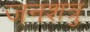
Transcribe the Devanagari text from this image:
जनशत्रु